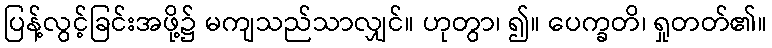
ပြန့်လွင့်ခြင်းအဖို့၌ မကျသည်သာလျှင်။ ဟုတွာ၊ ၍။ ပေက္ခတိ၊ ရှုတတ်၏။